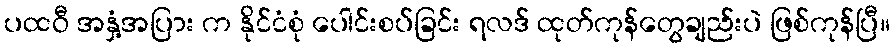
ပထဝီ အနှံ့အပြား က နိုင်ငံစုံ ပေါင်းစပ်ခြင်း ရလဒ် ထုတ်ကုန်တွေချည်းပဲ ဖြစ်ကုန်ပြီ။